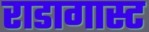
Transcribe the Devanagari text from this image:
राडागास्ट